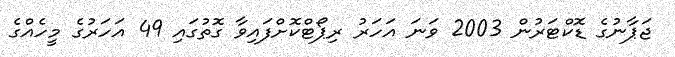
ޖަޕާނުގެ ޑޮކްޓަރުން 2003 ވަނަ އަހަރު ރިޕޯޓްކޮށްފައިވާ ގޮތުގައި 49 އަހަރުގެ މީހެއްގެ